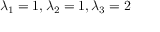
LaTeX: \lambda _ { 1 } = 1 , \lambda _ { 2 } = 1 , \lambda _ { 3 } = 2